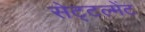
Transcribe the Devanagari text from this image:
सेट्टल्मेंट